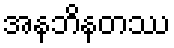
အနဘိနတဿ